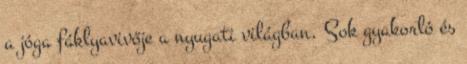
a jóga fáklyavivője a nyugati világban. Sok gyakorló és